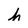
Character: h